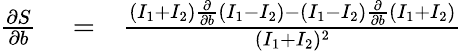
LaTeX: \begin{array}{rlr}{\frac{\partial S}{\partial b}}&{{}=}&{\frac{(I_{1}+I_{2})\frac{\partial}{\partial b}(I_{1}-I_{2})-(I_{1}-I_{2})\frac{\partial}{\partial b}(I_{1}+I_{2})}{(I_{1}+I_{2})^{2}}}\end{array}